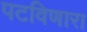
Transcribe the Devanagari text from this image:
पटविणारा